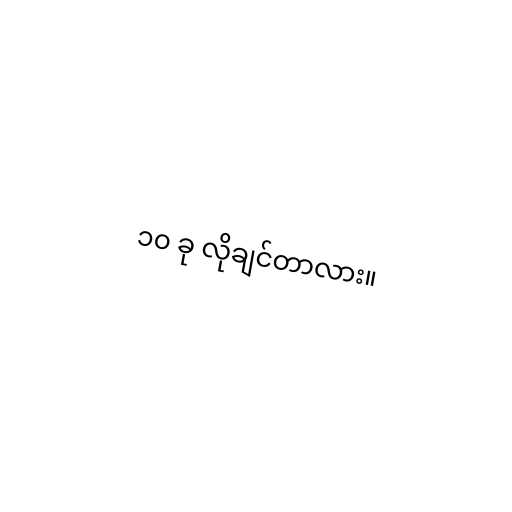
၁၀ ခု လိုချင်တာလား။